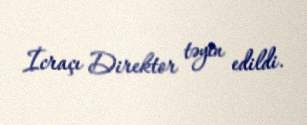
İcraçı Direktor təyin edildi.